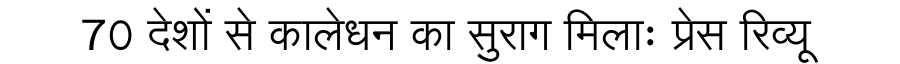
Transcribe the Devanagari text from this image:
70 देशों से कालेधन का सुराग मिलाः प्रेस रिव्यू